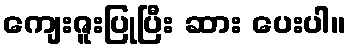
ကျေးဇူးပြုပြီး ဆား ပေးပါ။